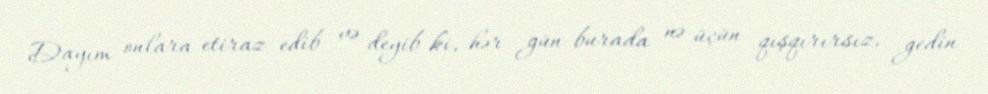
Dayım onlara etiraz edib və deyib ki, hər gün burada nə üçün qışqırırsız, gedin